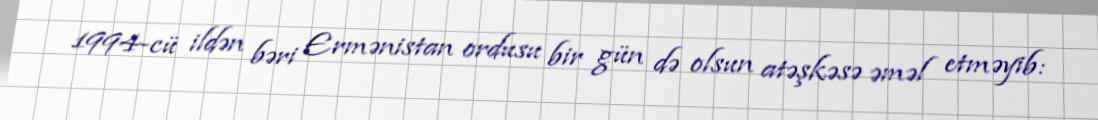
1994-cü ildən bəri Ermənistan ordusu bir gün də olsun atəşkəsə əməl etməyib: